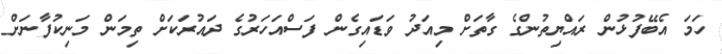
ހަމަ އެބޭފުޅުން ރައްޔިތުންގެ ގާތަށް މިއަދު ވަޑައިގެން ފަސްއަހަރުގެ ދައުރަކަށް ތިމަން މަނިކުފާނަށް